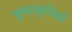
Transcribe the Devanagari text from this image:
भूम्याकृतियों